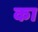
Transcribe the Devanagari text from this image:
का